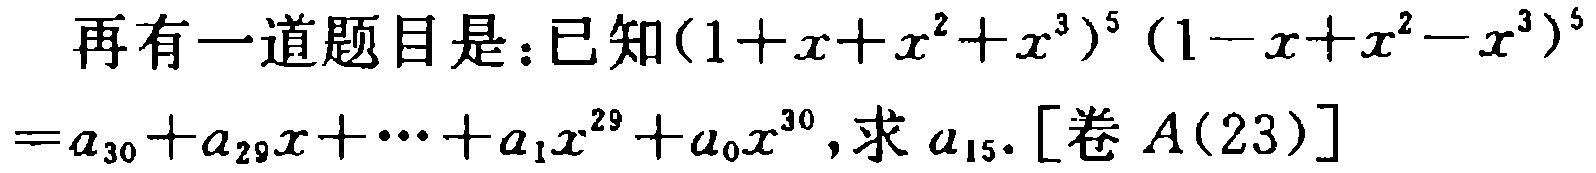
已知\((1 + x + x^{2} + x^{3})^{5}(1 - x + x^{2} - x^{3})^{5}=a_{30}+a_{29}x+\cdots +a_{1}x^{29}+a_{0}x^{30}\),求\(a_{15}\). [卷\(A(23)\)]